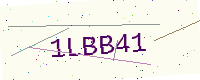
Text: 1LBB41